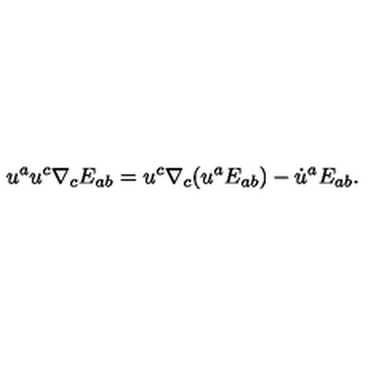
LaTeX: u ^ { a } u ^ { c } \nabla _ { c } E _ { a b } = u ^ { c } \nabla _ { c } ( u ^ { a } E _ { a b } ) - \dot { u } ^ { a } E _ { a b } .